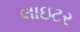
લાઇટર